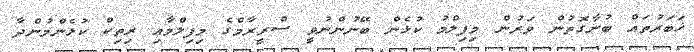
ޚަބަރުތައް ބުނާގޮތުން ވަރުން މިފިލްމު ކުޅެން ބޭނުންނުވީ ސްރީރާމްގެ މިފިލްމާއި ރިތިކް ކުޅެންމުންދާ